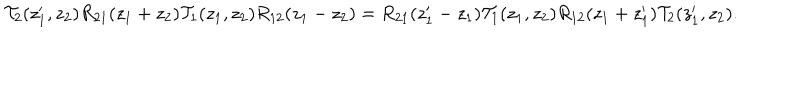
LaTeX: { \cal T } _ { 2 } ( z _ { 1 } ^ { \prime } , z _ { 2 } ) R _ { 2 1 } ( z _ { 1 } + z _ { 2 } ) { \cal T } _ { 1 } ( z _ { 1 } , z _ { 2 } ) R _ { 1 2 } ( z _ { 1 } - z _ { 2 } ) = R _ { 2 1 } ( z _ { 1 } ^ { \prime } - z _ { 1 } ) { \cal T } _ { 1 } ( z _ { 1 } , z _ { 2 } ) R _ { 1 2 } ( z _ { 1 } + z _ { 1 } ^ { \prime } ) { \cal T } _ { 2 } ( z _ { 1 } ^ { \prime } , z _ { 2 } ) .